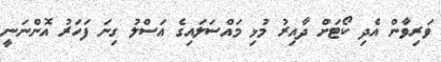
ވަރިވާން އެދި ކޯޓަށް ދާއިރު މުޅި މައްސަލައިގެ އަސްލު ގިނަ ފަހަރު އޮންނަނީ